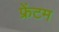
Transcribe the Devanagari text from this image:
फ्रेंटम